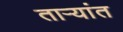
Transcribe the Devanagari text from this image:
ताऱ्यांत